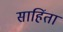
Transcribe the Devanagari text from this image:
साहिंता